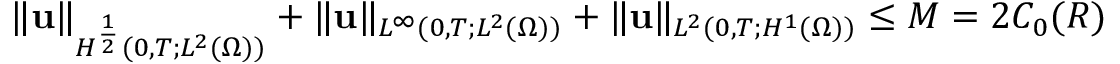
\| \mathbf { u } \| _ { H ^ { \frac { 1 } { 2 } } ( 0 , T ; L ^ { 2 } ( \Omega ) ) } + \| \mathbf { u } \| _ { L ^ { \infty } ( 0 , T ; L ^ { 2 } ( \Omega ) ) } + \| \mathbf { u } \| _ { L ^ { 2 } ( 0 , T ; H ^ { 1 } ( \Omega ) ) } \leq M = 2 C _ { 0 } ( R )